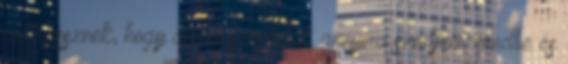
az egésznek, hogy amennyire lehet, annyira szedjem rendbe és